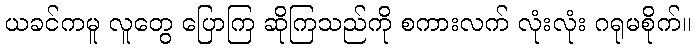
ယခင်ကမူ လူတွေ ပြောကြ ဆိုကြသည်ကို စကားလက် လုံးလုံး ဂရုမစိုက်။